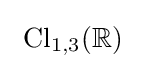
\ \mathrm {Cl} _{1,3}(\mathbb {R} )\